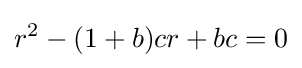
r^{2}-(1+b)cr+bc=0